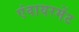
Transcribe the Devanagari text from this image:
एंवायरमेंट